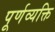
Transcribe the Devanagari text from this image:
पूर्णव्यक्ति